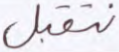
نتقبل